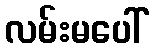
လမ်းမပေါ်